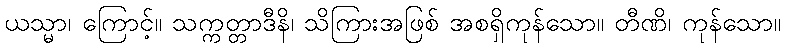
ယသ္မာ၊ ကြောင့်။ သက္ကတ္တာဒီနိ၊ သိကြားအဖြစ် အစရှိကုန်သော။ တီဏိ၊ ကုန်သော။